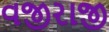
વજીરાજી